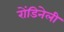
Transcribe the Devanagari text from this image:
रोंडिनेली